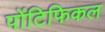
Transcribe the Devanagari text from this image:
पोंटिफिकल